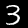
Label: 3